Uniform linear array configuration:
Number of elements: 32
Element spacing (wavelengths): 1
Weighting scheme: kaiser
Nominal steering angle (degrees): -45
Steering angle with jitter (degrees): -46.8
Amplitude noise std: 0.05
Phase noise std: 0.05

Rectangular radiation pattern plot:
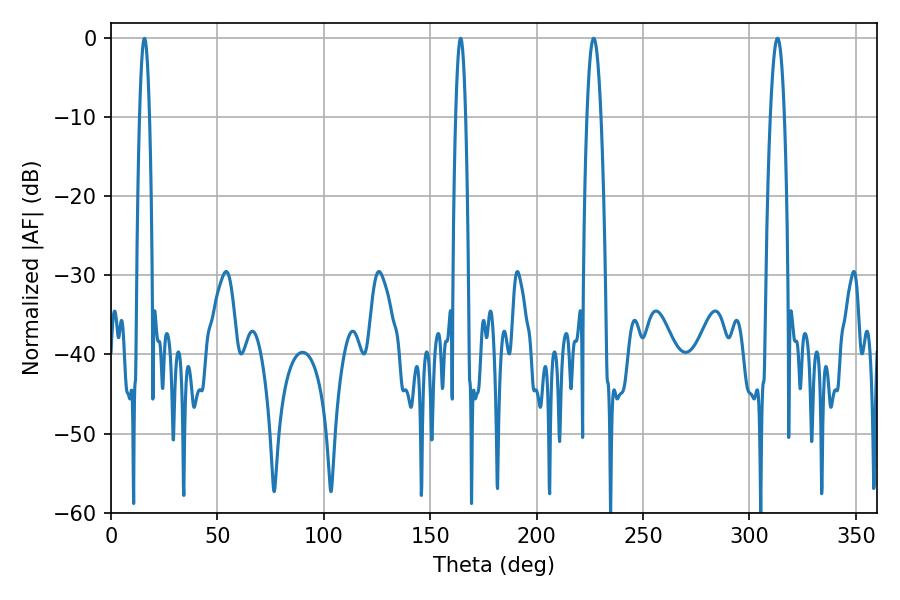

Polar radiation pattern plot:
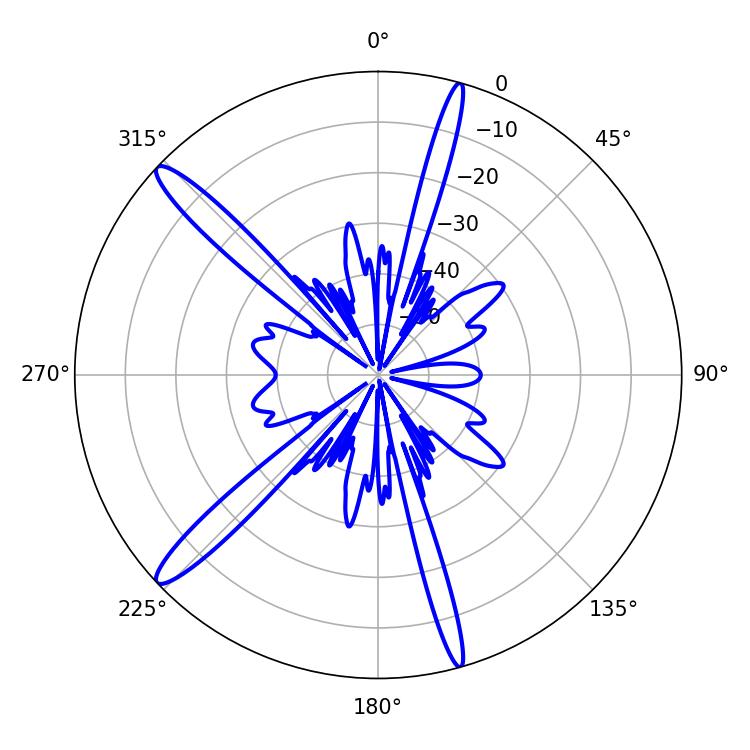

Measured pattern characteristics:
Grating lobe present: TRUE
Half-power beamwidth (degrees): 3.6
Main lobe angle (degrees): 226.8